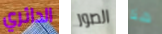
الدائري الصور هنا